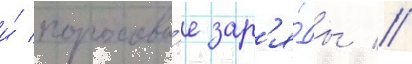
и́ пороховы́е зар'я́ды //